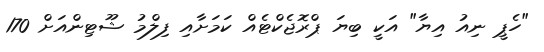
"ހެޕީ ނިއު އިޔާ" އަކީ ބިޔަ ޕްރޮޖެކްޓެއް ކަމަށާއި ފިލްމު ޝޫޓިންއަށް 170